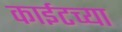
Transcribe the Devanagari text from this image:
काईटच्या